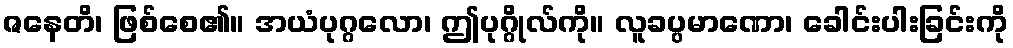
ဇနေတိ၊ ဖြစ်စေ၏။ အယံပုဂ္ဂလော၊ ဤပုဂ္ဂိုလ်ကို။ လူခပ္ပမာဏော၊ ခေါင်းပါးခြင်းကို